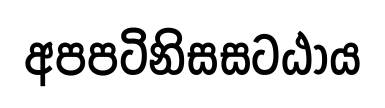
අපපටිනිසසටඨාය